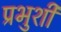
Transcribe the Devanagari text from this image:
प्रभुशी